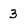
Character: 3